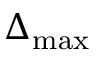
\Delta _ { \mathrm { m a x } }